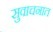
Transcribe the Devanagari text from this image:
सुवाचनात